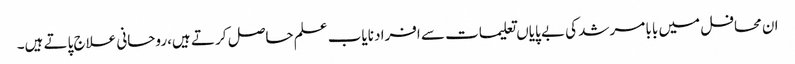
ان محافل میں بابا مرشد کی بے پایاں تعلیمات سے افراد نایاب علم حاصل کر تے ہیں،روحانی علاج پاتے ہیں۔